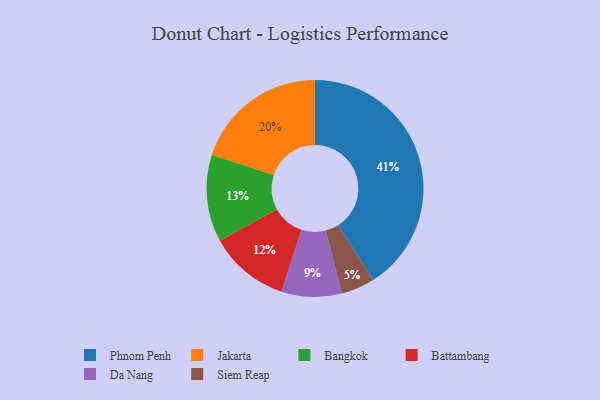
{"axis": {"x": "Category", "y": "Percentage"}, "legend": ["Bangkok", "Battambang", "Da Nang", "Jakarta", "Phnom Penh", "Siem Reap"], "data": [{"x": "Siem Reap", "y": 5, "type": "Siem Reap"}, {"x": "Bangkok", "y": 13, "type": "Bangkok"}, {"x": "Jakarta", "y": 20, "type": "Jakarta"}, {"x": "Da Nang", "y": 9, "type": "Da Nang"}, {"x": "Phnom Penh", "y": 41, "type": "Phnom Penh"}, {"x": "Battambang", "y": 12, "type": "Battambang"}]}